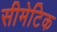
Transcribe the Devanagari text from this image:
सीमेटिक